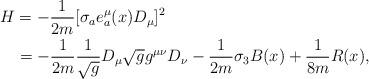
LaTeX: \begin{align*}\begin{array}{l}{\displaystyle{H=-\frac{1}{2m}[\sigma_{a}e^{\mu}_{a}(x)D_{\mu}]^{2}}}\hspace{4.6cm}\vspace{0.15cm}\\*\hspace{0.5cm}{\displaystyle{=-\frac{1}{2m}\frac{1}{\sqrt{g}}D_{\mu}\sqrt{g}g^{\mu\nu}D_{\nu}-\frac{1}{2m}\sigma_{3}B(x)+\frac{1}{8m}R(x),}}\end{array}\end{align*}